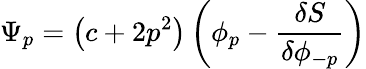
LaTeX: \Psi_{p}=\left(c+2p^{2}\right)\left(\phi_{p}-\frac{\delta S}{\delta\phi_{-p}}\right)